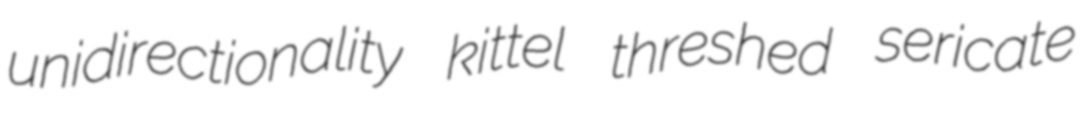
unidirectionality kittel threshed sericate